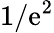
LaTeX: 1/\mathrm{e}^{2}